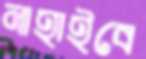
নাহাইবে